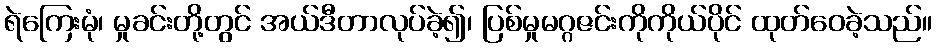
ရဲကြေးမုံ၊ မှုခင်းတို့တွင် အယ်ဒီတာလုပ်ခဲ့၍၊ ပြစ်မှုမဂ္ဂဇင်းကိုကိုယ်ပိုင် ထုတ်ဝေခဲ့သည်။